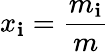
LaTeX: x_{\mathbf{i}}={\frac{{m_{\mathbf{i}}}}{{m}}}